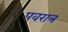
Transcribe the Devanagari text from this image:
पवरात्र